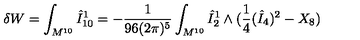
\delta W = \int _ { M ^ { 1 0 } } \hat { I } _ { 1 0 } ^ { 1 } = - \frac { 1 } { 9 6 ( 2 \pi ) ^ { 5 } } \int _ { M ^ { 1 0 } } \hat { I } _ { 2 } ^ { 1 } \wedge ( \frac { 1 } { 4 } ( \hat { I } _ { 4 } ) ^ { 2 } - X _ { 8 } )